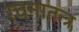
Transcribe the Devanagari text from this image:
रचनातन्त्र